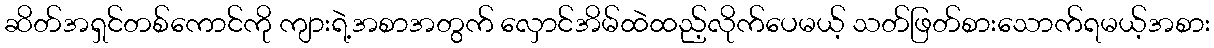
ဆိတ်အရှင်တစ်ကောင်ကို ကျားရဲ့အစာအတွက် လှောင်အိမ်ထဲထည့်လိုက်ပေမယ့် သတ်ဖြတ်စားသောက်ရမယ့်အစား